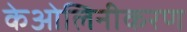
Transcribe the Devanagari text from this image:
केओलिनीकरण